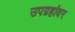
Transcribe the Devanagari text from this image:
उपग्रहांवर